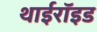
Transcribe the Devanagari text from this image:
थाईरॉइड